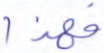
فهذا